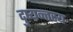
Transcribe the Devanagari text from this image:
दुष्यन्तस्य